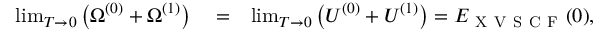
\begin{array} { r l r } { \operatorname* { l i m } _ { T \to 0 } \left( \Omega ^ { ( 0 ) } + \Omega ^ { ( 1 ) } \right) } & { { } = } & { \operatorname* { l i m } _ { T \to 0 } \left( U ^ { ( 0 ) } + U ^ { ( 1 ) } \right) = E _ { \mathrm { ~ X ~ V ~ S ~ C ~ F ~ } } ( 0 ) , } \end{array}